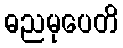
ဓညမုပေတိ